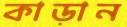
কাড়ান